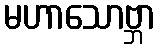
မဟာသောဗ္ဘာ